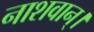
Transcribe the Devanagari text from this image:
नाशवान्।